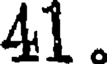
41.